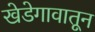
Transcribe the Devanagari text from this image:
खेडेगावातून